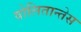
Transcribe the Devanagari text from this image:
वोलितान्तेस